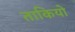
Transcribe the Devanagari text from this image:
ताकियो